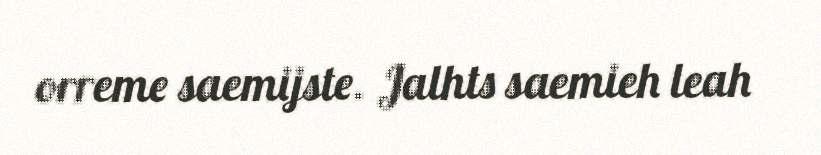
orreme saemijste. Jalhts saemieh leah